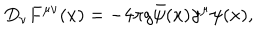
LaTeX: D _ { \nu } F ^ { \mu \nu } ( x ) = - 4 \pi g \bar { \psi } ( x ) \gamma ^ { \mu } \psi ( x ) ,